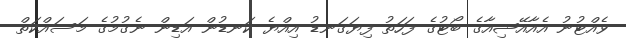
ވެއްޓުނު އެއާއޭޝިއާގެ ބޯޓުގެ ފަހަތު ފިޔަގަނޑު އިއްޔެ ކަނޑުން އަޑިން ނެގުމުގެ މަސައްކަތް